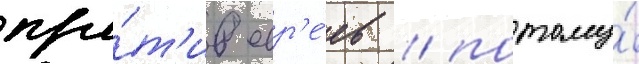
про́т'ив евр'е́ев / потому́